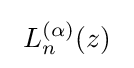
\ L_{n}^{(\alpha )}(z)\